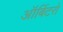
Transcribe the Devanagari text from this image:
ऑर्बिटरों